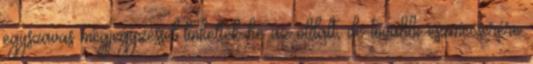
egyszavas megjegyzéssel linkelték be az oldalt, de további eszmecserére